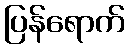
ပြန်ရောက်